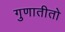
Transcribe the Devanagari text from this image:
गुणातीतो